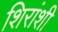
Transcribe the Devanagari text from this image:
शिरांशी